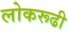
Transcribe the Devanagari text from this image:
लोकरूढी